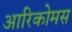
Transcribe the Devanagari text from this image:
आरिकोमस